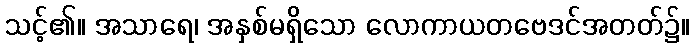
သင့်၏။ အသာရေ၊ အနှစ်မရှိသော လောကာယတဗေဒင်အတတ်၌။